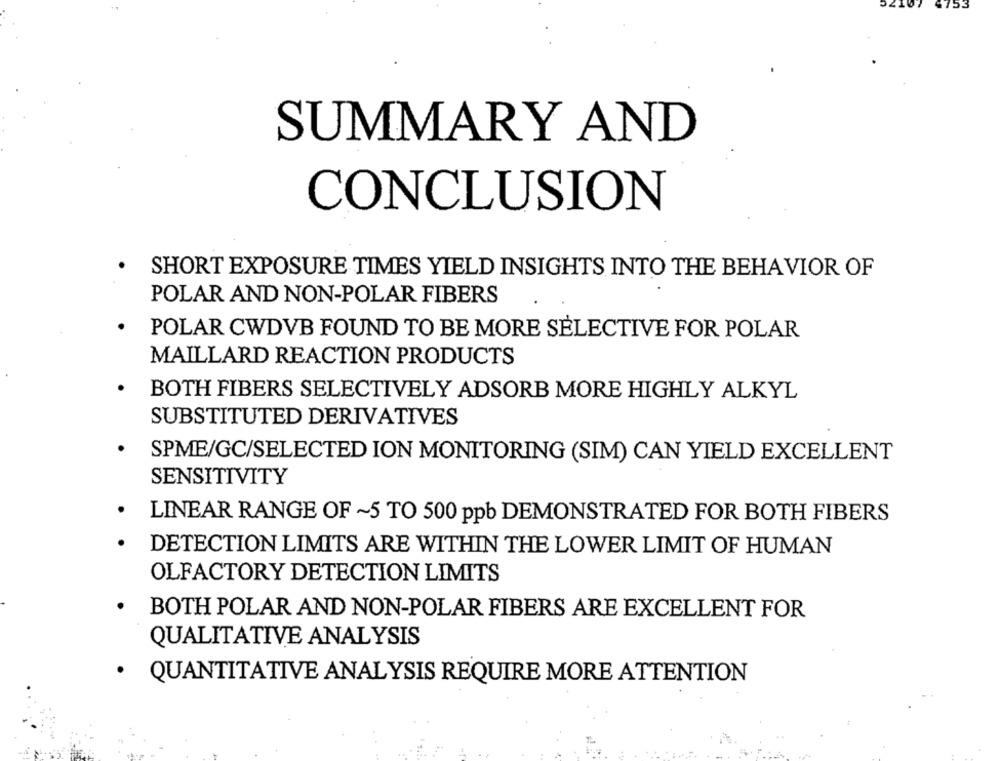
153
SUMMARY AND
CONCLUSION
SHORT EXPOSURE TIMES YIELD INSIGHTS INTO THE BEHAVIOR OF
POLAR AND NON-POLAR FIBERS
POLAR CWDVB FOUND TO BE MORE SELECTIVE FOR POLAR
MAILLARD REACTION PRODUCTS
BOTH FIBERS SELECTIVELY ADSORB MORE HIGHLY ALKYL
SUBSTITUTED DERIVATIVES
SPME/GC/SELECTED ION MONITORING (SIM) CAN YIELD EXCELLENT
SENSITIVITY
LINEAR RANGE OF ~5 TO 500 ppb DEMONSTRATED FOR BOTH FIBERS
DETECTION LIMITS ARE WITHIN THE LOWER LIMIT OF HUMAN
OLFACTORY DETECTION LIMITS
BOTH POLAR AND NON-POLAR FIBERS ARE EXCELLENT FOR
QUALITATIVE ANALYSIS
· QUANTITATIVE ANALYSIS REQUIRE MORE ATTENTION